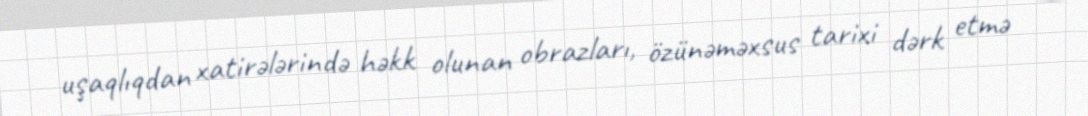
uşaqlıqdan xatirələrində həkk olunan obrazları, özünəməxsus tarixi dərk etmə